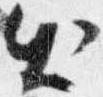
出